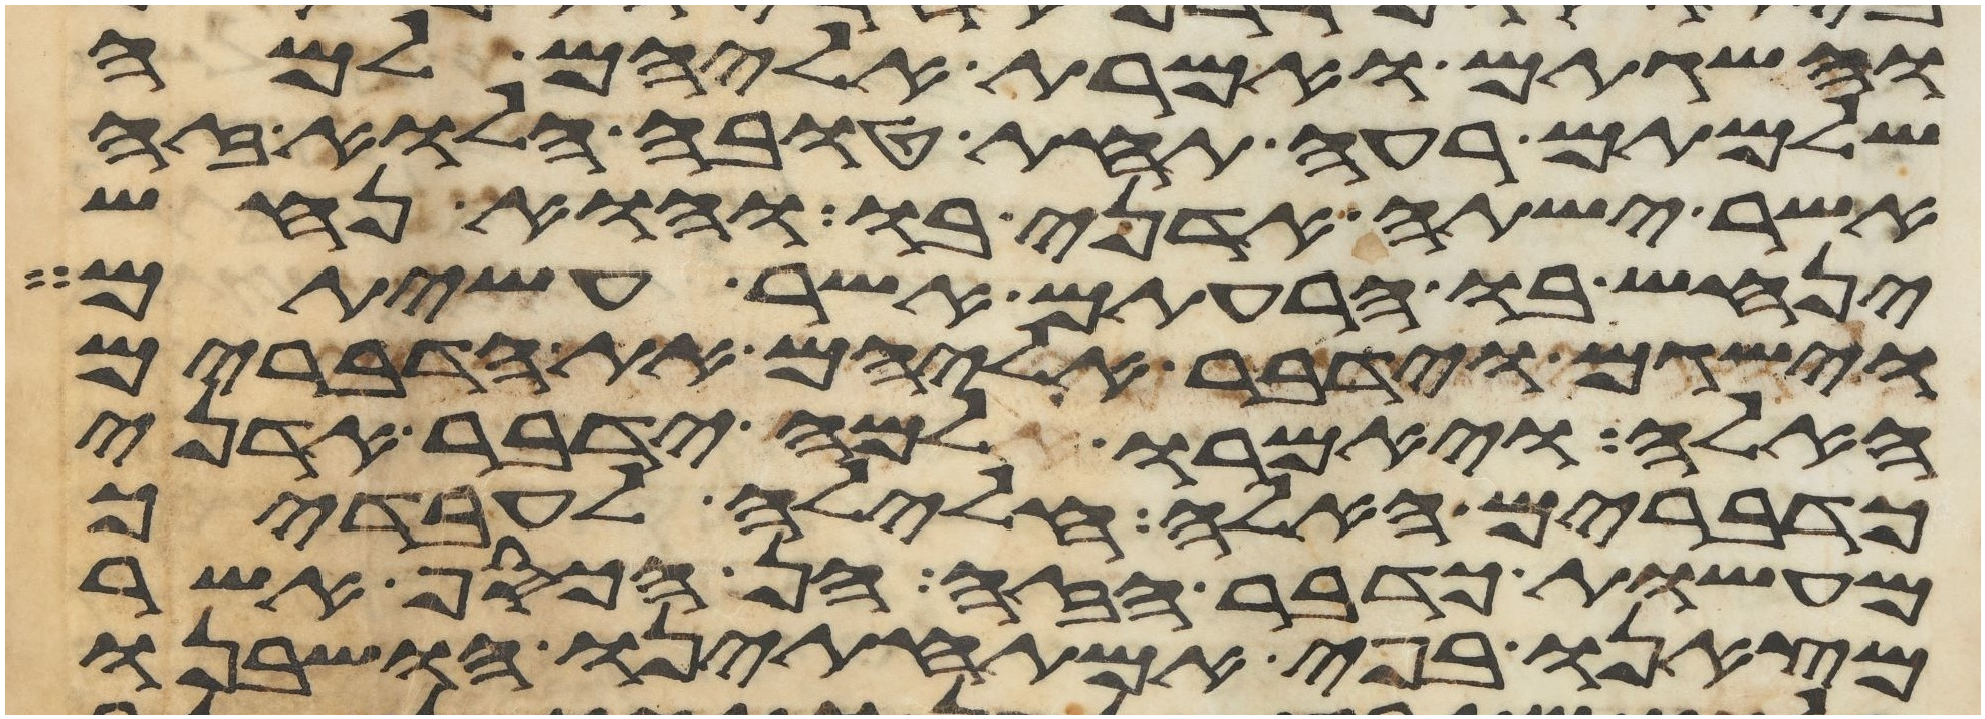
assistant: והשגתם ואמרת אליהם למה
שלמתם רעה תחת טובה הלוא זה
אשר ישתה אדני בו והוא נחש
ינחש בו הרעתם אשר עשיתם
וישגם וידבר אליהם את הדברים
האלה ויאמרו למה ידבר אדני
כדברים האלה חלילה לעבדיך
מעשות כדבר הזה הן הכסף אשר
מצאנו בפי אמתחתינו הושבנו